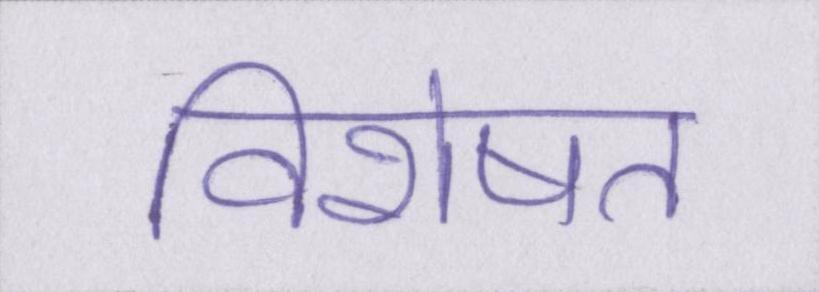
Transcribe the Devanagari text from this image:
विशेषत